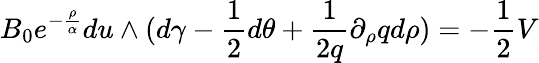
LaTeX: B_{0}e^{-{\frac{\rho}{\alpha}}}du\wedge(d\gamma-{\frac{1}{2}}d\theta+{\frac{1}{2q}}\partial_{\rho}qd\rho)=-{\frac{1}{2}}V